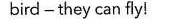
bird -they can fly!